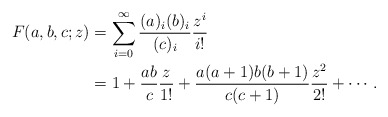
\begin{align*}F(a,b,c;z) &= \sum_{i = 0}^\infty \frac{(a)_i (b)_i} {(c)_i} \frac{z^i}{i !} \\&= 1 + \frac{ab}{c} \frac{z}{1!} + \frac{a (a + 1) b (b + 1)}{c (c + 1)} \frac{z^2}{2 !} + \cdots. \end{align*}